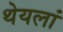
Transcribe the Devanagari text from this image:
थेयलां